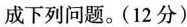
成下列问题。(12分)